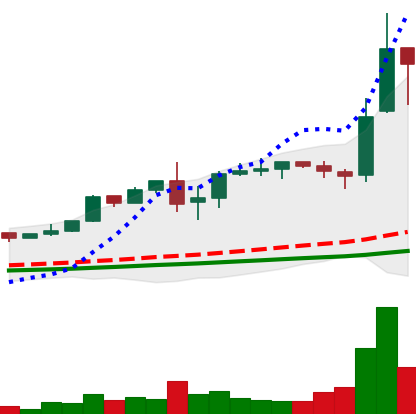
Ticker: LTC-USD
Chart end date: 2017-12-10
Forward return: 101.654%
Label: up_7plus